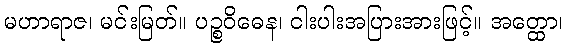
မဟာရာဇ၊ မင်းမြတ်။ ပဉ္စဝိဓေန၊ ငါးပါးအပြားအားဖြင့်။ အတ္ထော၊